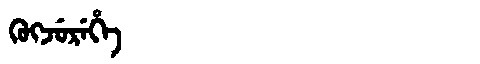
Manchu: ᡴᡠᡴᠵᡠᡵᡝᡥᡝ
Romanization: KUKJUREHE